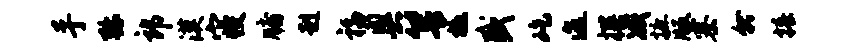
手弥郎漠寝牖赳福奥箐檄盛屹迤撰减摭版寨就椿